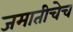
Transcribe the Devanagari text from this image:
जमातीचेच